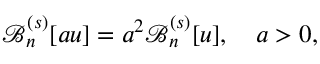
\mathcal { B } _ { n } ^ { ( s ) } [ a u ] = a ^ { 2 } \mathcal { B } _ { n } ^ { ( s ) } [ u ] , \quad a > 0 ,